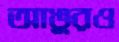
আঙুরও